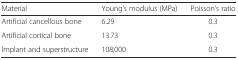
<table><thead><tr><td><b>Material</b></td><td><b>Young’s modulus (MPa)</b></td><td><b>Poisson’s ratio</b></td></tr></thead><tbody><tr><td>Artificial cancellous bone</td><td>6.29</td><td>0.3</td></tr><tr><td>Artificial cortical bone</td><td>13.73</td><td>0.3</td></tr><tr><td>Implant and superstructure</td><td>108,000</td><td>0.3</td></tr></tbody></table>